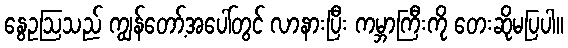
နွေဥဩသည် ကျွန်တော့်အပေါ်တွင် လာနားပြီး ကမ္ဘာကြီးကို တေးဆိုမပြပါ။